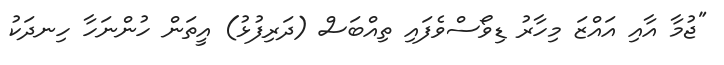
"ޖުމާ އާއި އައްޒަ މިހާރު ޑިވޯސްވެފައި ތިއްބަސް (ދަރިފުޅު) އީތަން ހުންނަހާ ހިނދަކު